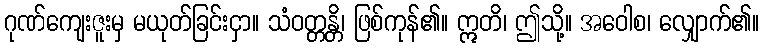
ဂုဏ်ကျေးဇူးမှ မယုတ်ခြင်းငှာ။ သံဝတ္တန္တိ၊ ဖြစ်ကုန်၏။ ဣတိ၊ ဤသို့။ အဝေါစ၊ လျှောက်၏။